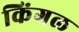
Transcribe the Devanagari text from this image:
किंगल